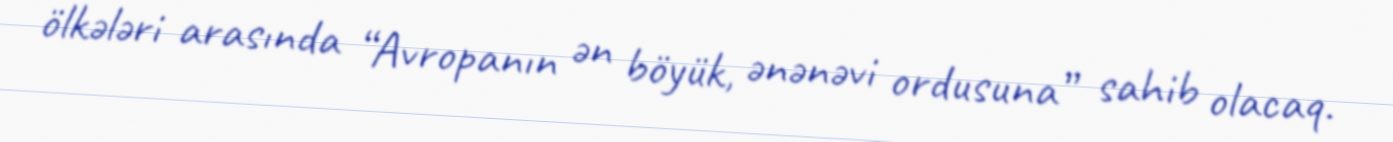
ölkələri arasında “Avropanın ən böyük, ənənəvi ordusuna” sahib olacaq.